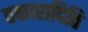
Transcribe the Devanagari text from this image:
वकारादिति